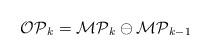
LaTeX: \begin{align*}\mathcal {OP}_k=\mathcal {MP}_k\ominus\mathcal {MP}_{k-1}\end{align*}